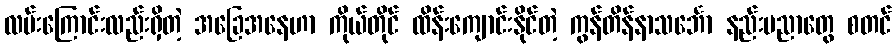
လမ်းကြောင်းလည်းရှိတဲ့ အခြေအနေဟာ ကိုယ်တိုင် ထိန်းကျောင်းနိုင်တဲ့ ကွန်တိန်နာသင်္ဘော နည်းပညာတွေ စတင်